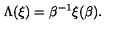
\Lambda ( \xi ) = \beta ^ { - 1 } \xi ( \beta ) .